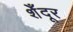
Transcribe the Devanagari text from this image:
शेँदूर